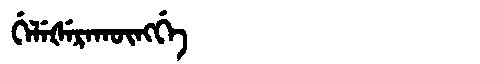
Manchu: ᡤᡝᠯᡝᡧᡝᡵᠠᡴᡡᠩᡤᡝ
Romanization: GELEŠERAKŪNGGE